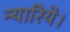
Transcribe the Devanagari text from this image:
न्यारिये।